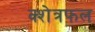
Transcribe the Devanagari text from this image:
क्शेत्रफल